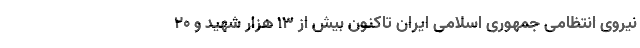
نیروی انتظامی جمهوری اسلامی ایران تاکنون بیش از 13 هزار شهید و 20